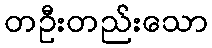
တဦးတည်းသော